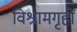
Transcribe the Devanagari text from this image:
विश्रामगृहों